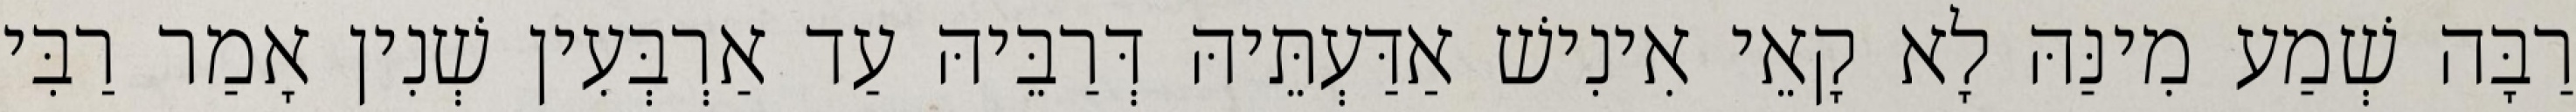
רַבָּה שְׁמַע מִינַּהּ לָא קָאֵי אִינִישׁ אַדַּעְתֵּיהּ דְּרַבֵּיהּ עַד אַרְבְּעִין שְׁנִין אָמַר רַבִּי